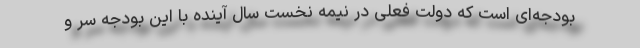
بودجه‌ای است که دولت فعلی در نیمه نخست سال آینده با این بودجه سر و